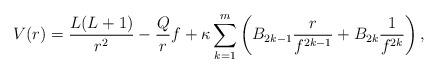
LaTeX: \begin{align*} V(r) = \frac{L(L+1)}{r^2} - \frac{Q}{r}f + \kappa \sum_{k=1}^m \left(B_{2k-1}\frac{r}{f^{2k-1}} + B_{2k} \frac{1}{f^{2k}}\right), \end{align*}